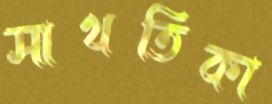
সাখতিকা